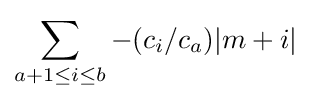
\sum _{a+1\leq i\leq b}-(c_{i}/c_{a})|m+i|